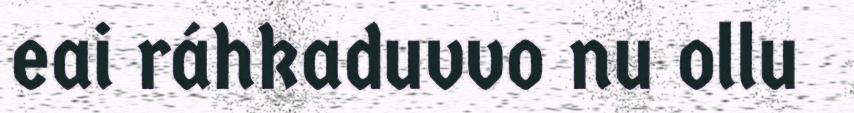
eai ráhkaduvvo nu ollu